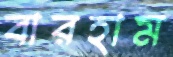
বারহাম